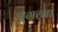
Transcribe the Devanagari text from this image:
भुगत्ना